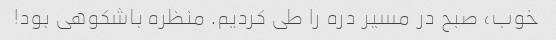
خوب، صبح در مسیر دره را طی کردیم. منظره باشکوهی بود!